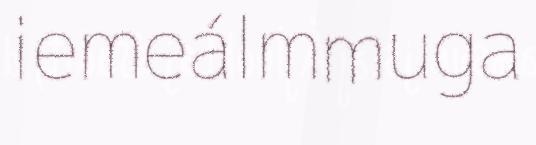
iemeálmmuga